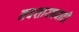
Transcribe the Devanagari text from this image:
नवशास्त्रवादी